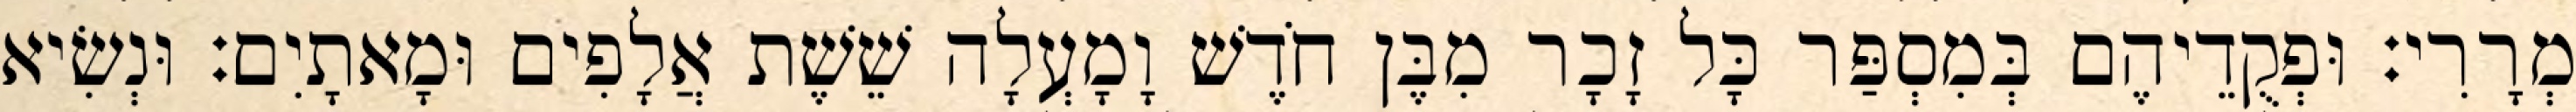
מְרָרִי׃ וּפְקֻדֵיהֶם בְּמִסְפַּר כָּל זָכָר מִבֶּן חֹדֶשׁ וָמָעְלָה שֵׁשֶׁת אֲלָפִים וּמָאתָיִם׃ וּנְשִׂיא